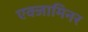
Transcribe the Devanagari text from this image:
एक्‍जामिनर